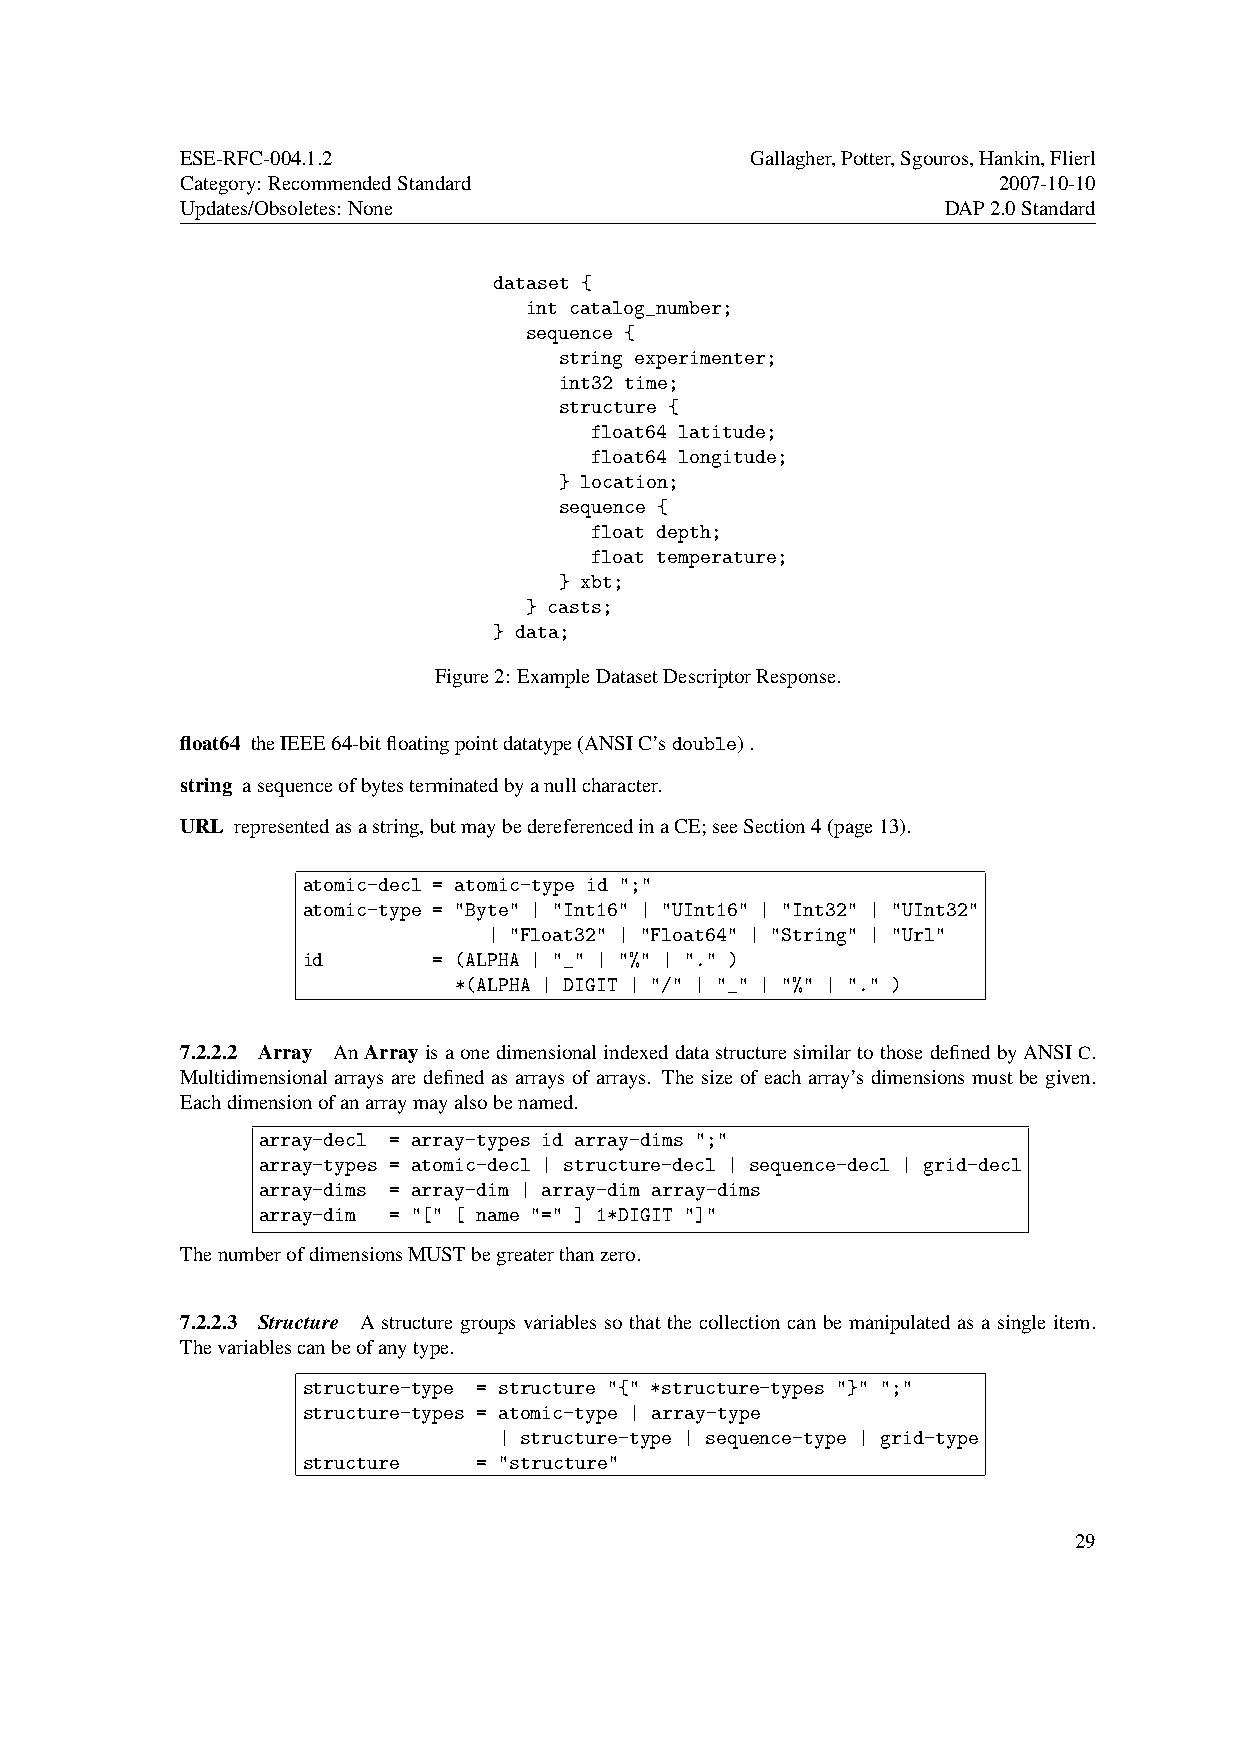
ESE-RFC-004.1.2                       Gallagher,Potter,Sgouros,Hankin,Flierl
 Category: RecommendedStandard                         2007-10-10
 Updates/Obsoletes: None                            DAP2.0Standard
 dataset {
 int catalog_number;
 sequence {
 string experimenter;
 int32 time;
 structure {
 float64 latitude;
 float64 longitude;
 } location;
 sequence {
 float depth;
 float temperature;
 } xbt;
 } casts;
 } data;
 Figure2: ExampleDatasetDescriptorResponse.
 float64 theIEEE64-bitfloatingpointdatatype(ANSIC’sdouble).
 string asequenceofbytesterminatedbyanullcharacter.
 URL representedasastring,butmaybedereferencedinaCE;seeSection4(page13).
 atomic-decl = atomic-type id ";"
 atomic-type = "Byte" | "Int16" | "UInt16" | "Int32" | "UInt32"
 | "Float32" | "Float64" | "String" | "Url"
 id       = (ALPHA | "_" | "%" | "." )
 *(ALPHA | DIGIT | "/" | "_" | "%" | "." )
 7.2.2.2 Array AnArrayisaonedimensionalindexeddatastructuresimilartothosedefinedbyANSIC.
 Multidimensional arrays are defined as arrays of arrays. The size of each array’s dimensions must be given.
 Eachdimensionofanarraymayalsobenamed.
 array-decl = array-types id array-dims ";"
 array-types = atomic-decl | structure-decl | sequence-decl | grid-decl
 array-dims = array-dim | array-dim array-dims
 array-dim = "[" [ name "=" ] 1*DIGIT "]"
 ThenumberofdimensionsMUSTbegreaterthanzero.
 7.2.2.3 Structure A structure groups variables so that the collection can be manipulated as a single item.
 Thevariablescanbeofanytype.
 structure-type = structure "{" *structure-types "}" ";"
 structure-types = atomic-type | array-type
 | structure-type | sequence-type | grid-type
 structure   = "structure"
 29